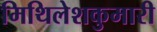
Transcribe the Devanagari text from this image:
मिथिलेशकुमारी